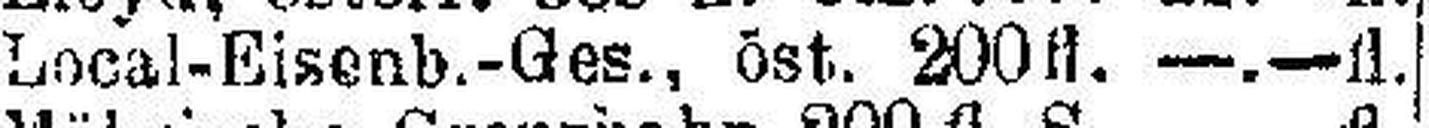
Local-Eisenb.-Ges., öst. 200 fl. —.—fl.